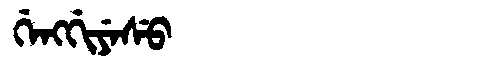
Manchu: ᡤᡝᠩᡤᡳᠶᡝᠰᡠ
Romanization: GENGGIYESU